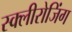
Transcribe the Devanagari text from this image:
स्क्लीरोजिंग